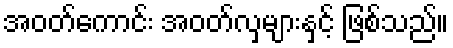
အဝတ်ကောင်း အဝတ်လှများနှင့် ဖြစ်သည်။